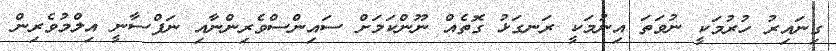
ގިނައިރު ހުރުމަކީ ނުވަތަ އިނުމަކީ ރަނގަޅު ގޮތެއް ނޫންކަމަށް ސައިންސްވެރިންނާއި ނަފްސާނީ އިލްމުވެރިން